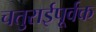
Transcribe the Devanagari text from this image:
चतुराईपूर्वक